Civil Veterinary Department. United Provinces 1932-42 - 1932-1942
Year: 1932
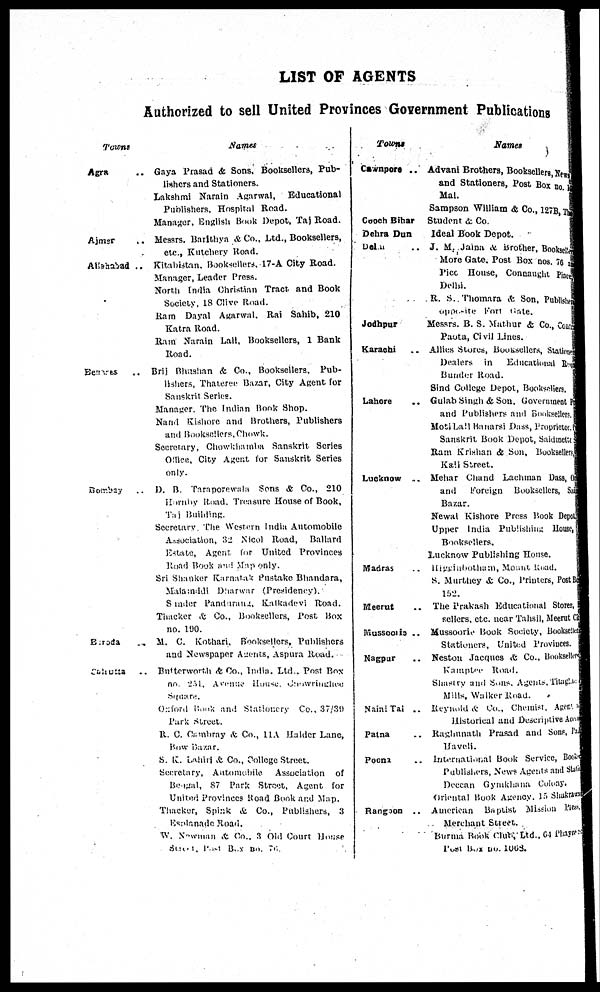
LIST OP AGENTS
Authorized to sell United Provinces Government Publications
Towns
Agra
Ajmar
Akahabad .
Bennres ..
Bombay .
Baroda ..
Calcutta ..
flames
. Gaya Prasad & Sons, Booksellers, Pub-
lishers and Stationers.
Lakshmi Narain Agarwal,
Educational
Publishers, Hospital Road.
Manager, English Book Depot, Taj Road.
Messrs. Barlthya & Co., Ltd., Booksellers,
etc., Kutchery Road.
Kitabistan, Booksellers, 17-A City Road.
Manager, Leader Press.
North India Christian Tract and Book
Society, 18 Olive Road.
Ram Dayal Agarwal,. Rai Sahib, 210
Katra Road.
Ram Narain Lall, Booksellers, 1 Bank
Road.
Brij Bhashan & Co., Booksellers, Pub-
lishers, Thateree Bazar, City Agent for
Sanskrit Series.
Manager. The Indian Book Shop.
Nand
Kishore and Brothers, Publishers
and Booksellers, Chowk.
Secretary, Chowkhamba Sanskrit Series
Office, City Agent for Sanskrit Series
only.
D.
B. Taraporewala Sons & Co., 210
Hornby Road. Treasure House of Book,
Taj Building.
Secretary. The Western India Automobile
Association, 32 Nicol Road,
Ballard
Estate, Agent, for United Provinces
Road Book and Map only.
Sri Shankur Karnatak Pustake Bhandara,
Malamddi Dharwar (Presidency).
Sunder Pandurang, Kalkadevi Road.
Thacker & Co., Booksellers, Post Box
no. 190.
M. C. Kothari, Booksellers, Publishers
and Newspaper Agents, Aspura Road.
. Butterworth & Co., India. Ltd.. Post Box
no. 251, Avenue
House.
Carowringhee
Square.
Oxford Book and Stationery Co., 37/39
Park Street.
R. C. Cambray & Co., HA Haider Lane,
Bow Bazar.
S. K. Lahiri & Co., College Street.
Secretary, Automobile
Association of
Beigal, 87 Park Street, Agent for
United Provinces Road Book and Map.
Thacker, Spink & Co., Publishers, 3
Esclande Road.
W. Newman & Co., 3 Old Court House
Street, Past Box No. 76.
Towns
Cawnpore ..
Coach Bihar
Dehra Dun
Delm ..
Jodhpur
Karachi ..
Lahore
..
Lucknow
..
Madras ..
Meerut ..
Musscoils ..
Nagpur ..
Naiai Tai ..
Patna ..
Poona ..
Rangoon
..
Names
Advani Brothers, Booksellers, News
and Stationers, Post Box no. 18
Mal.
Sampson William & Co., 1278, The
Student & Co.
Ideal Book Depot.
J. M. Jaina & Brother, Bookseller
More Gate. Post Box nos. 76 as
Pico House, Connaught Place
Delhi.
R. S. Thomara & Son, Publlshem
opposite Fort Gate.
Messrs. B. S. Mathur & Co., Const
Paota, Civil Lines.
Allies Stores, Booksellers, Stationew
Dealers
in
Educational Ren
Bunder Road.
Sind College Depot, Booksellers.
Gulab Singh & Son, Government Pr
and Publishers and Booksellers.
Moti Lall Banarsi Dass, Proprietor. N
Sanskrit Book Depot, Saidment
Ram Krishan & Son, Booksellers
Kall Street.
Mehar Chand Lachman Dass, On
and
Foreign
Booksellers, Sail
Bazar.
Newal Kishore Press Book Depot
Upper India Publishing House,
Booksellers.
Lucknow Publishing House.
Higgoabotham, Mount Road.
S. Murthey & Co., Printers, Post Bo
152
The Prakash Educational Stores,
sellers, etc. near Tahsil, Meerut Cit
Mussoorie Book Society, bookseller
Stationers, United Provinces.
Neston Jacques & Co., Booksellers
Kampter
Road.
Shastry and Sons, Agents, Titagha.
Mills, Walker Road.
Reynold & Co., Cheinst, Agent lre
Historical and Descriptive Acc
Raghnnath Prasad and Sons, Pal
Haveli.
International Book Service, Book
Publishers, News Agents and Stattied
Deccan Gymkhana Colony.
Oriental Book Agency. 15 Shaktawl
American
Baptist
Mission Press.
Merchant Street.
Burma Book Club Ltd., 64 Phayus
Post Box No. 1068.